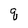
Character: q